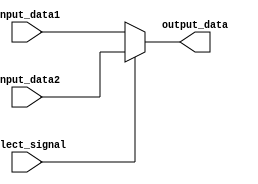
module my_2to1_mux(input_data1, input_data2, output_data, select_signal);
   
    input input_data1;
    input input_data2;
    
    input select_signal;
    
    output output_data;
    
    assign output_data = select_signal ? input_data2 : input_data1;
    
endmodule